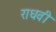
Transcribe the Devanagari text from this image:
राधवी